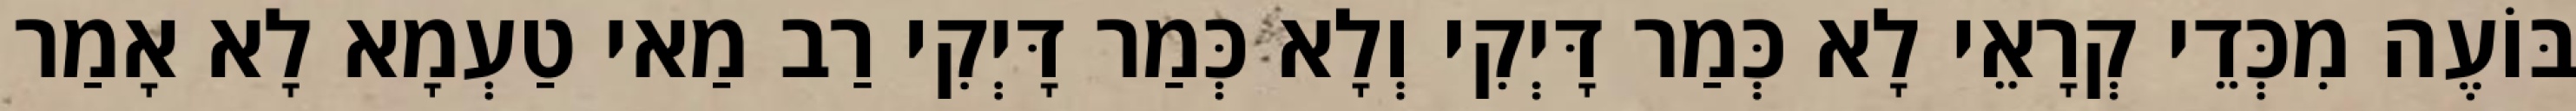
בּוֹעֶה מִכְּדֵי קְרָאֵי לָא כְּמַר דָּיְקִי וְלָא כְּמַר דָּיְקִי רַב מַאי טַעְמָא לָא אָמַר